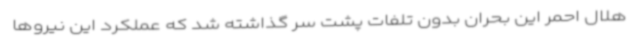
هلال احمر این بحران بدون تلفات پشت سر گذاشته شد که عملکرد این نیروها